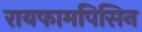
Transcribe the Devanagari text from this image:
रायफामपिसिन